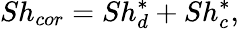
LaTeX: Sh_{cor}=Sh_{d}^{*}+Sh_{c}^{*},